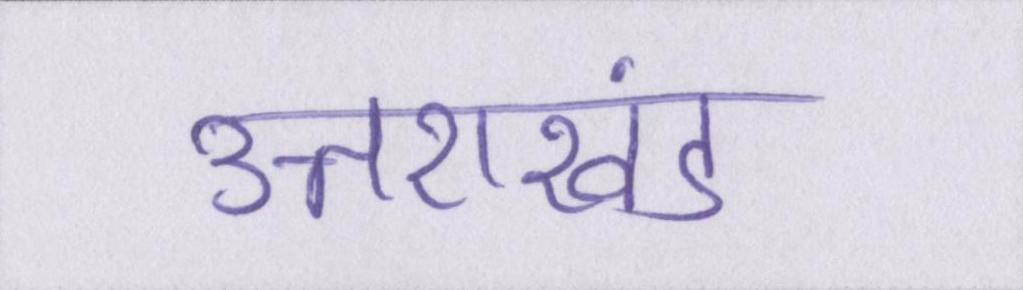
उत्तराखंड